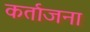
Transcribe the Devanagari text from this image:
कर्ताजना